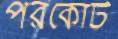
পরকোট